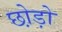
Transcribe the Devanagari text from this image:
छो़ड़ो